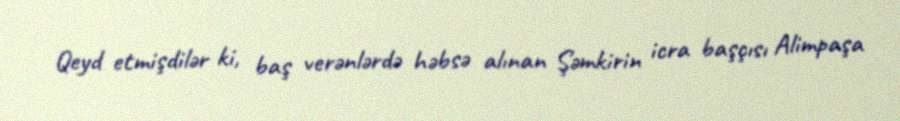
Qeyd etmişdilər ki, baş verənlərdə həbsə alınan Şəmkirin icra başçısı Alimpaşa